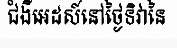
ជំងឺអេដស៍នៅថ្ងៃទិវានៃ